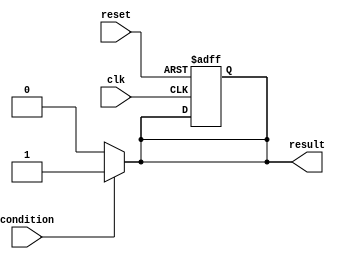
module conditional_wait_example(
    input wire clk,
    input wire reset,
    input wire condition, // The condition to wait for
    output reg result
);

    // State declaration
    reg waiting;

    // Always block to handle the conditional wait
    always @(*) begin
        // Blocking wait until the condition is true
        if (condition) begin
            waiting = 0; // Condition met, not waiting
            result = 1;  // Perform some action
        end else begin
            waiting = 1; // Still waiting
            result = 0;  // No action performed
        end
    end

    // Synchronous reset and clock behavior
    always @(posedge clk or posedge reset) begin
        if (reset) begin
            result <= 0; // Reset output
            waiting <= 1; // Reset waiting state
        end else if (!waiting) begin
            // Additional logic can be added here if needed
            // For example, you can change states or trigger other actions
        end
    end

endmodule